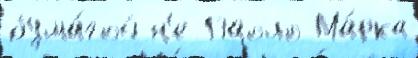
бума́гой н'е Паоло Ма́рка